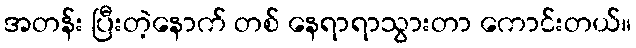
အတန်း ပြီးတဲ့နောက် တစ် နေရာရာသွားတာ ကောင်းတယ်။